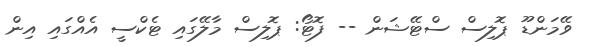
ވޭމަންޑޫ ޕޮލިސް ސްޓޭޝަން -- ފޮޓޯ: ޕޮލިސް މާލޭގައި ޓެކްސީ އެއްގައި އިން